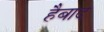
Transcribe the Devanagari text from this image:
हैबाद